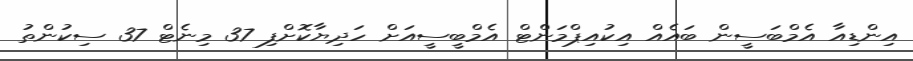
އިންޑިއާ އެމްބަސީން ބައެއް އިކުއިޕްމަންޓް އެމްބީސީއަށް ހަދިޔާކޮށްފި 37 މިނެޓް 37 ސިކުންތު